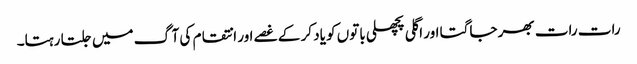
رات رات بھر جاگتا اور اگلی پچھلی باتوں کو یاد کر کے غصے اور انتقام کی آگ میں جلتا رہتا۔